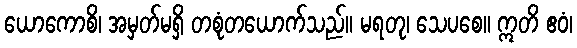
ယောကောစိ၊ အမှတ်မရှိ တစုံတယောက်သည်။ မရတု၊ သေပစေ။ ဣတိ ဧဝံ၊